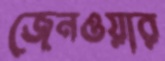
জেনওয়ার